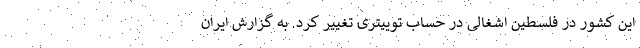
این کشور در فلسطین اشغالی در حساب توییتری تغییر کرد. به گزارش ایران